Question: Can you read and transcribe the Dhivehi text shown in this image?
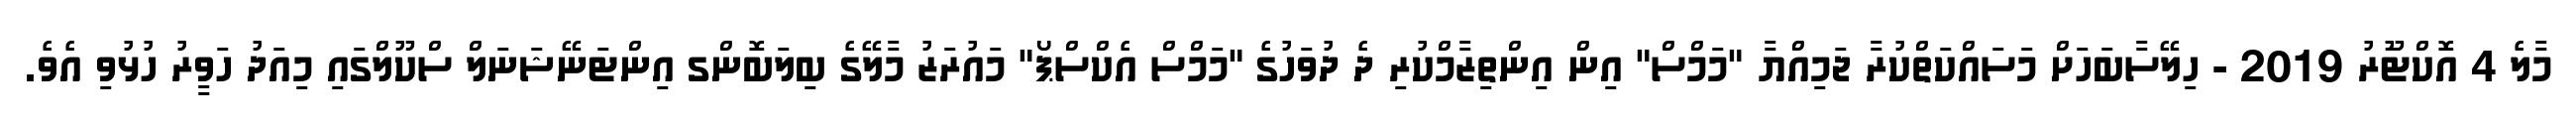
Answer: މާލެ 4 އޮކްޓޫަރު 2019 - ހިލޭސާބަހަށް މަސައްކަތްކުރާ ޖަމިއްޔާ "މަމްސް" އިން އިންތިޒާމްކުރި ދެ ދުވަހުގެ "މަމްސް އެކްސްޕޯ" މައުރަޒު މާލޭގެ ބިލަބޮންގ އިންޓަނޭޝަނަލް ސްކޫލްގައި މިއަދު ހަވީރު ހުޅުވި އެވެ.